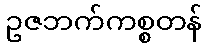
ဥဇဘက်ကစ္စတန်